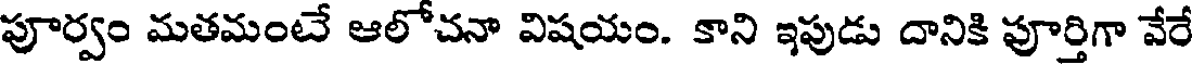
పూర్వం మతమంటే ఆలోచనా విషయం. కాని ఇపుడు దానికి పూర్తిగా వేరే